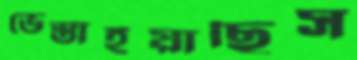
ভেস্তাইয়াছিস